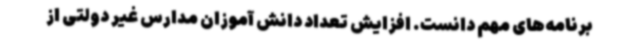
برنامه‌های مهم دانست. افزایش تعداد دانش آموزان مدارس غیر دولتی از